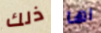
ذلك اها